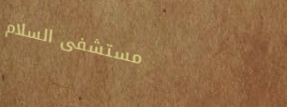
مستشفى السلام